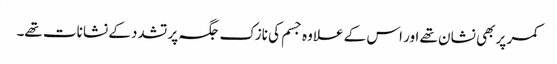
کمر پر بھی نشان تھے اور اس کے علاوہ جسم کی نازک جگہ پر تشدد کے نشانات تھے۔